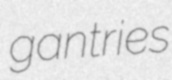
gantries